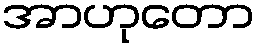
အာဟုတော